Report of the Indian Hemp Drugs Commission, 1894-1895 - Volume III
Year: 1894
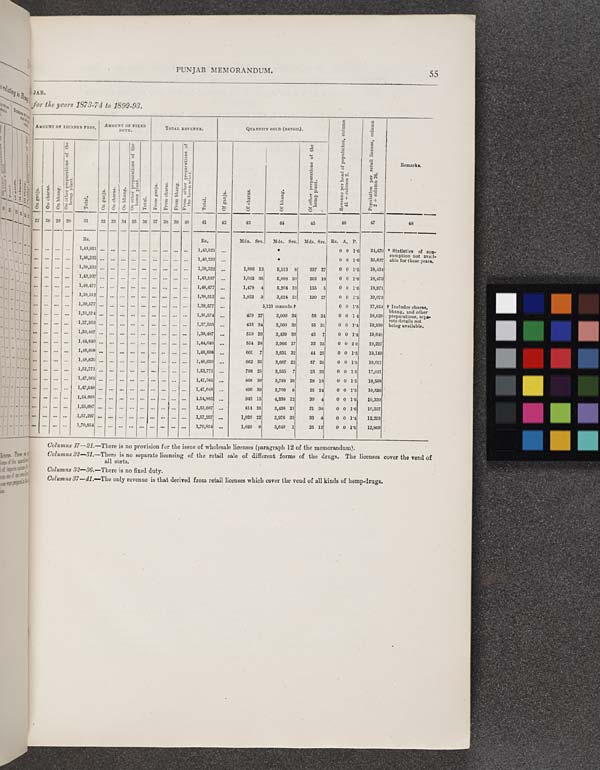
PUNJAB MEMORANDUM.
55
JAB.
for the years 1873-74 to 1892-93.
AMOUNT OF LICENSE FEES. AMOUNT OF FIXED
DUTY.
TOTAL REVENUE.
QUANTITY SOLD (RETAIL).
Revenue per head of population, column
41 + column 2.
Population per retail license, column
2 + column 26.
Remarks.
On ganja.
On charas.
On bhang.
On other preparations of the
hemp plant.
Total.
On ganja.
On charas.
On bhang.
On other preparations of the
hemp plant.
Total.
From ganja.
From charas.
From bhang.
From other preparations of
the hemp plant.
Total.
Of ganja.
Of charas.
Of bhang.
Of other preparations of the
hemp plant.
Revenue per head of population, column
41 + column 2.
Population per retail license, column
2 + column 26.
Remarks.
27
28 29 30
31
32 33 34 35 36 37 38 39 40
41
42
43
44
45
46
47
48
Rs.
Rs.
Mds. Srs.
Mds. Srs. Mds. Srs. Rs. A. P.
1,43,921
1,43,921
*
0 0 1.6 34,470 * Statistics of con-
sumption not avail-
able for these years.
1,46,232
1,46,232
*
0 0 1.6 35,637
* Statistics of con-
sumption not avail-
able for these years.
1,38,232
1,38,232
1,886 13
5,513 8
337 27
0 0 1.5 18,434
1,43,937
1,43,937
1,052 36
5,008 30
202 18
0 0 1.6 18,473
1,48,477
1,48,477
1,478 4
5,204 33
155 5
0 0 1.6 18,971
1,38,512
1,38,512
1,822 3
3,624 33
190 27
0 0 1.5 19,073
1,39,577
1,39,577
5,123 maunds.†
0 0 1.5 17,854 † Includes charas,
bhang, and other
preparations, sepa-
rate details not
being available.
1,31,574
1,31,574
479 27
3,000 34
58 24
0 0 1 4
18,629
† Includes charas,
bhang, and other
preparations, sepa-
rate details not
being available.
1,37,563
1,37,563
432 34
3,560 32
55 31
0 0 1.4 19,939
† Includes charas,
bhang, and other
preparations, sepa-
rate details not
being available.
1,39,487
1,39,487
510 29
3,439 33
43 7
0 0 1.4 19,648
1,44,640
1,44,640
554 38
3,966 17
33 35
0 0 2 0
19,227
1,46,608
1,46,608
601 7
3,631 32
44 25
0 0 1.5
19,149
1,48,620
1,48,620
662 35
3,687 22
57 20
0 0 1.5 19,027
1,52,771
1,52,771
798 25
3,565 7
23 25
0 0 1.5 17,021
1,47,565
1,47,565
868 30
3,788 26
28 18
0 0 1.5
10,568
1,47,048
1,47,048
890 39
3,709 0
25 24
0 0 1.5 10,536
1,54,885
1,54,885
943 15
4,238 12
30 4
0 0 1.6 10,330
1,55,687
1,56,687
814 25
3,428 21
31 38
0 0 1.6 10,257
1,57,297
1,57,297
1,026 22
3,976 33
33 4
0 0 1.4 12,293
1,70,854
1,70,854
1,020 6
3,640 1
25 12
0 0 1.5 12,869
Columns 17—21.—There is no provision for the issue of wholesale licenses (paragraph 12 of the memorandum).
Columns 22—31.—There is no separate licensing of the retail sale of different forms of the drugs. The licenses cover the vend of
all sorts.
Columns 32—36.—There is no fixed duty.
Columns 37—41.—The only revenue is that derived from retail licenses which cover the vend of all kinds of hemp-drugs.